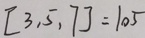
[ 3 , 5 , 7 ] = 1 0 5